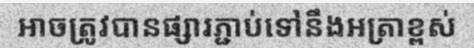
អាចត្រូវបានផ្សារភ្ជាប់ទៅនឹងអត្រាខ្ពស់